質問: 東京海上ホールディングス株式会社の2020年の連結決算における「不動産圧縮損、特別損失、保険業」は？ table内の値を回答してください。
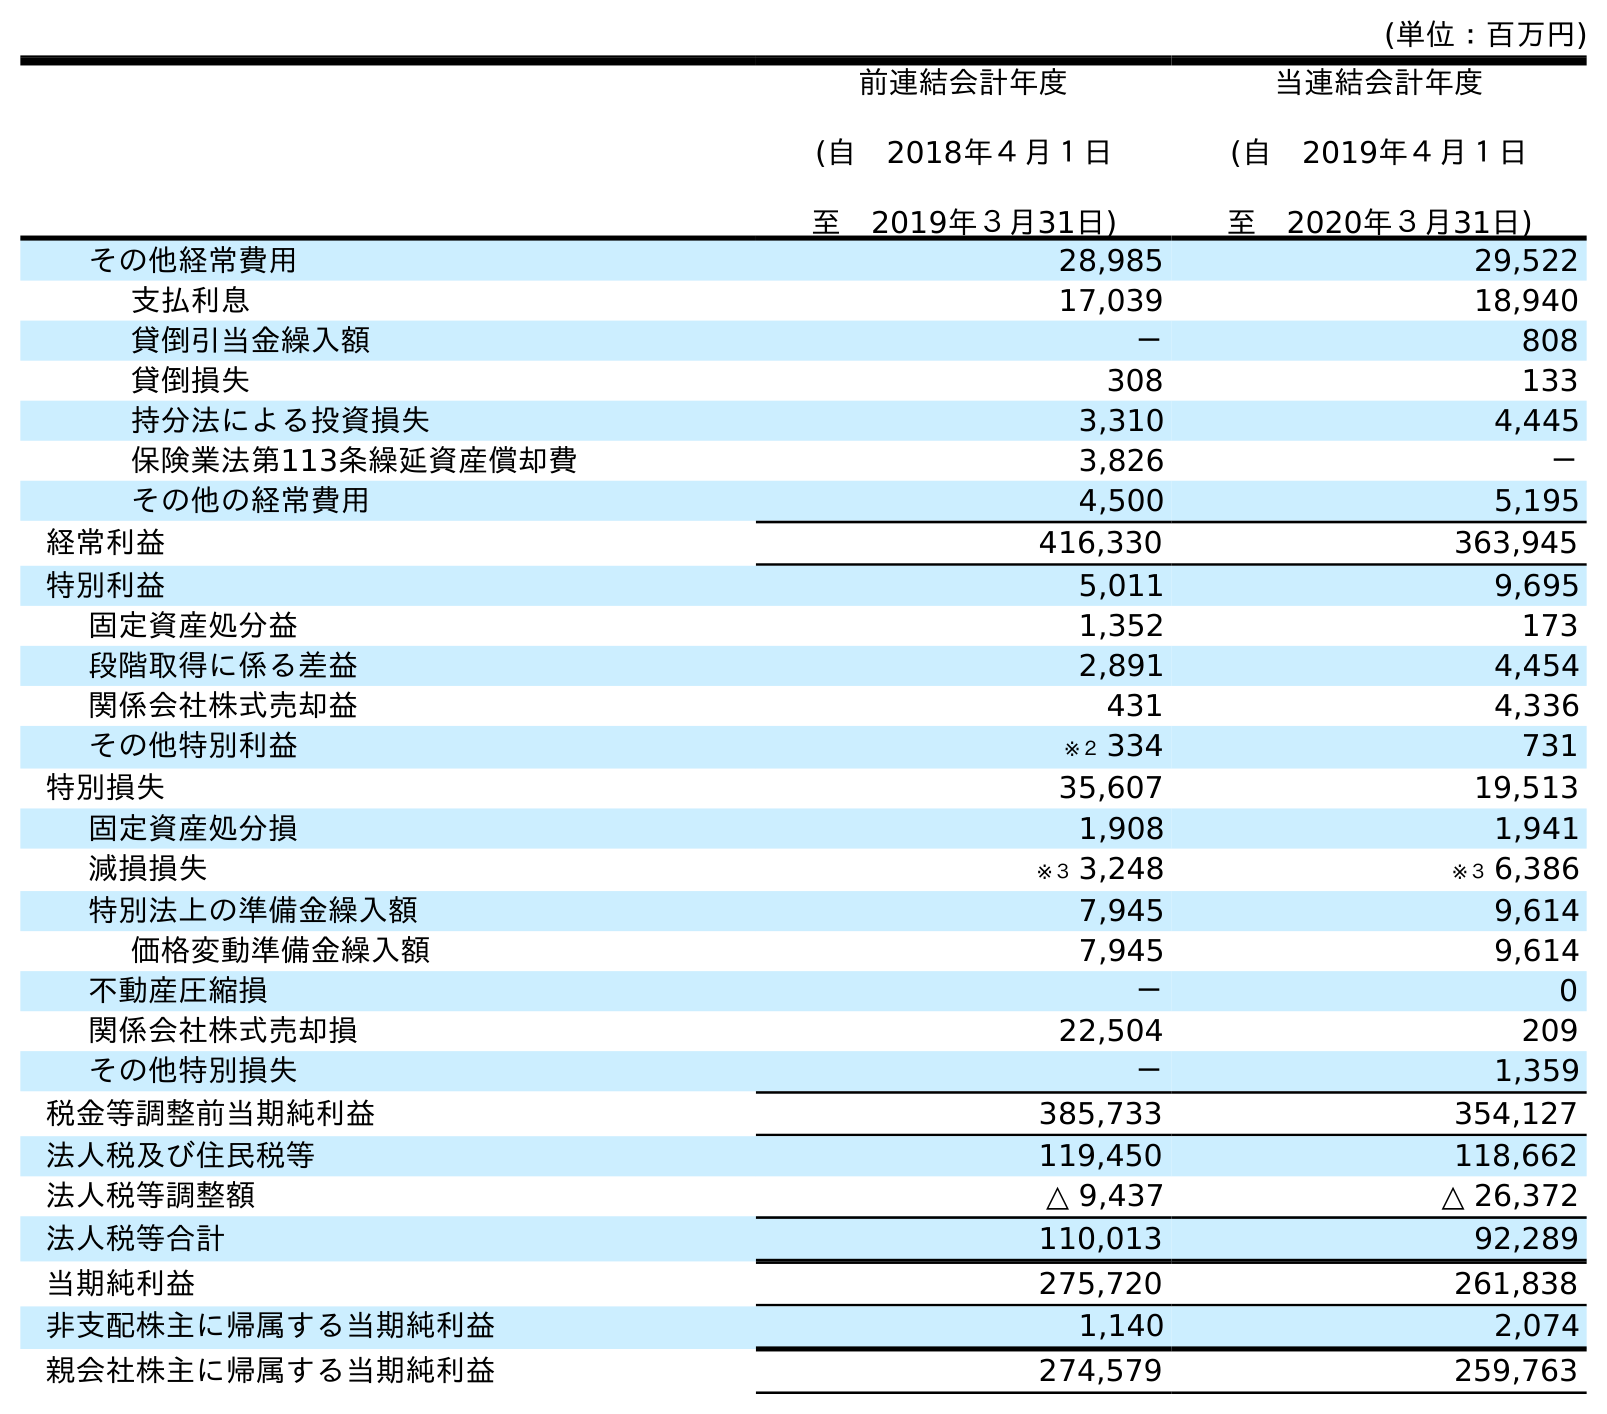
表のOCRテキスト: (単位：百万円) 前連結会計年度 (自 2018年４月１日 至 2019年３月31日) 当連結会計年度 (自 2019年４月１日 至 2020年３月31日) その他経常費用 28,985 29,522 支払利息 17,039 18,940 貸倒引当金繰入額 － 808 貸倒損失 308 133 持分法による投資損失 3,310 4,445 保険業法第113条繰延資産償却費 3,826 － その他の経常費用 4,500 5,195 経常利益 416,330 363,945 特別利益 5,011 9,695 固定資産処分益 1,352 173 段階取得に係る差益 2,891 4,454 関係会社株式売却益 431 4,336 その他特別利益 ※２ 334 731 特別損失 35,607 19,513 固定資産処分損 1,908 1,941 減損損失 ※３ 3,248 ※３ 6,386 特別法上の準備金繰入額 7,945 9,614 価格変動準備金繰入額 7,945 9,614 不動産圧縮損 － 0 関係会社株式売却損 22,504 209 その他特別損失 － 1,359 税金等調整前当期純利益 385,733 354,127 法人税及び住民税等 119,450 118,662 法人税等調整額 △ 9,437 △ 26,372 法人税等合計 110,013 92,289 当期純利益 275,720 261,838 非支配株主に帰属する当期純利益 1,140 2,074 親会社株主に帰属する当期純利益 274,579 259,763
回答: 0